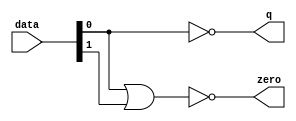
module  acl_fp_add_sub_fast_altpriority_encoder_nh8
	( 
	data,
	q,
	zero) ;
	input   [1:0]  data;
	output   [0:0]  q;
	output   zero;
	assign
		q = {(~ data[0])},
		zero = (~ (data[0] | data[1]));
endmodule